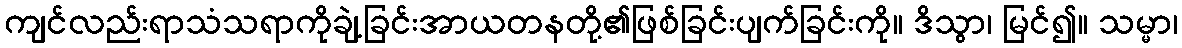
ကျင်လည်းရာသံသရာကိုချဲ့ခြင်းအာယတနတို့၏ဖြစ်ခြင်းပျက်ခြင်းကို။ ဒိသွာ၊ မြင်၍။ သမ္မာ၊